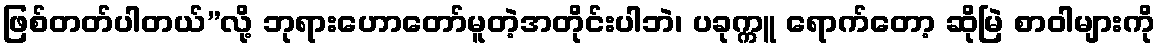
ဖြစ်တတ်ပါတယ်”လို့ ဘုရားဟောတော်မူတဲ့အတိုင်းပါဘဲ၊ ပခုက္ကူ ရောက်တော့ ဆိုမြဲ စာဝါများကို